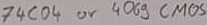
Text: 74C04 or 4069 CMOS